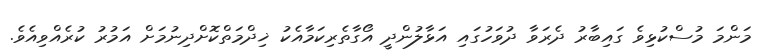
މަންމަ މުސްކުޅިވެ ގައިބާރު ދެރަވާ ދުވަހުގައި އަޅާލުންދީ އޯގާތެރިކަމާއެކު ޚިދްމަތްކޮށްދިނުމަށް އަމުރު ކުރެއްވިއެވެ.